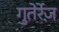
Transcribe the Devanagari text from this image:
गुतेर्रेज़